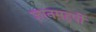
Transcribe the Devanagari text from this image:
ज्ञानमहर्षी